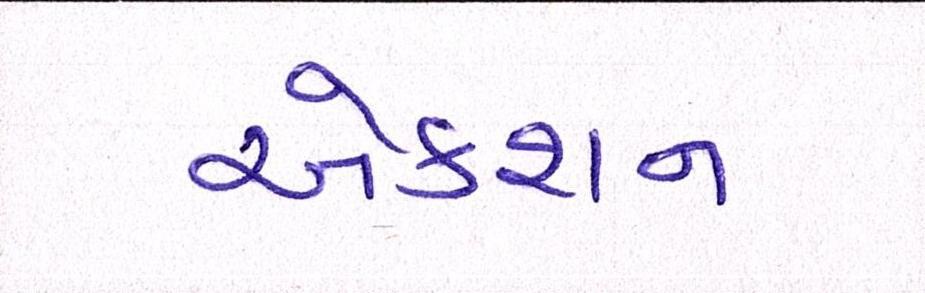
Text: એક્શન